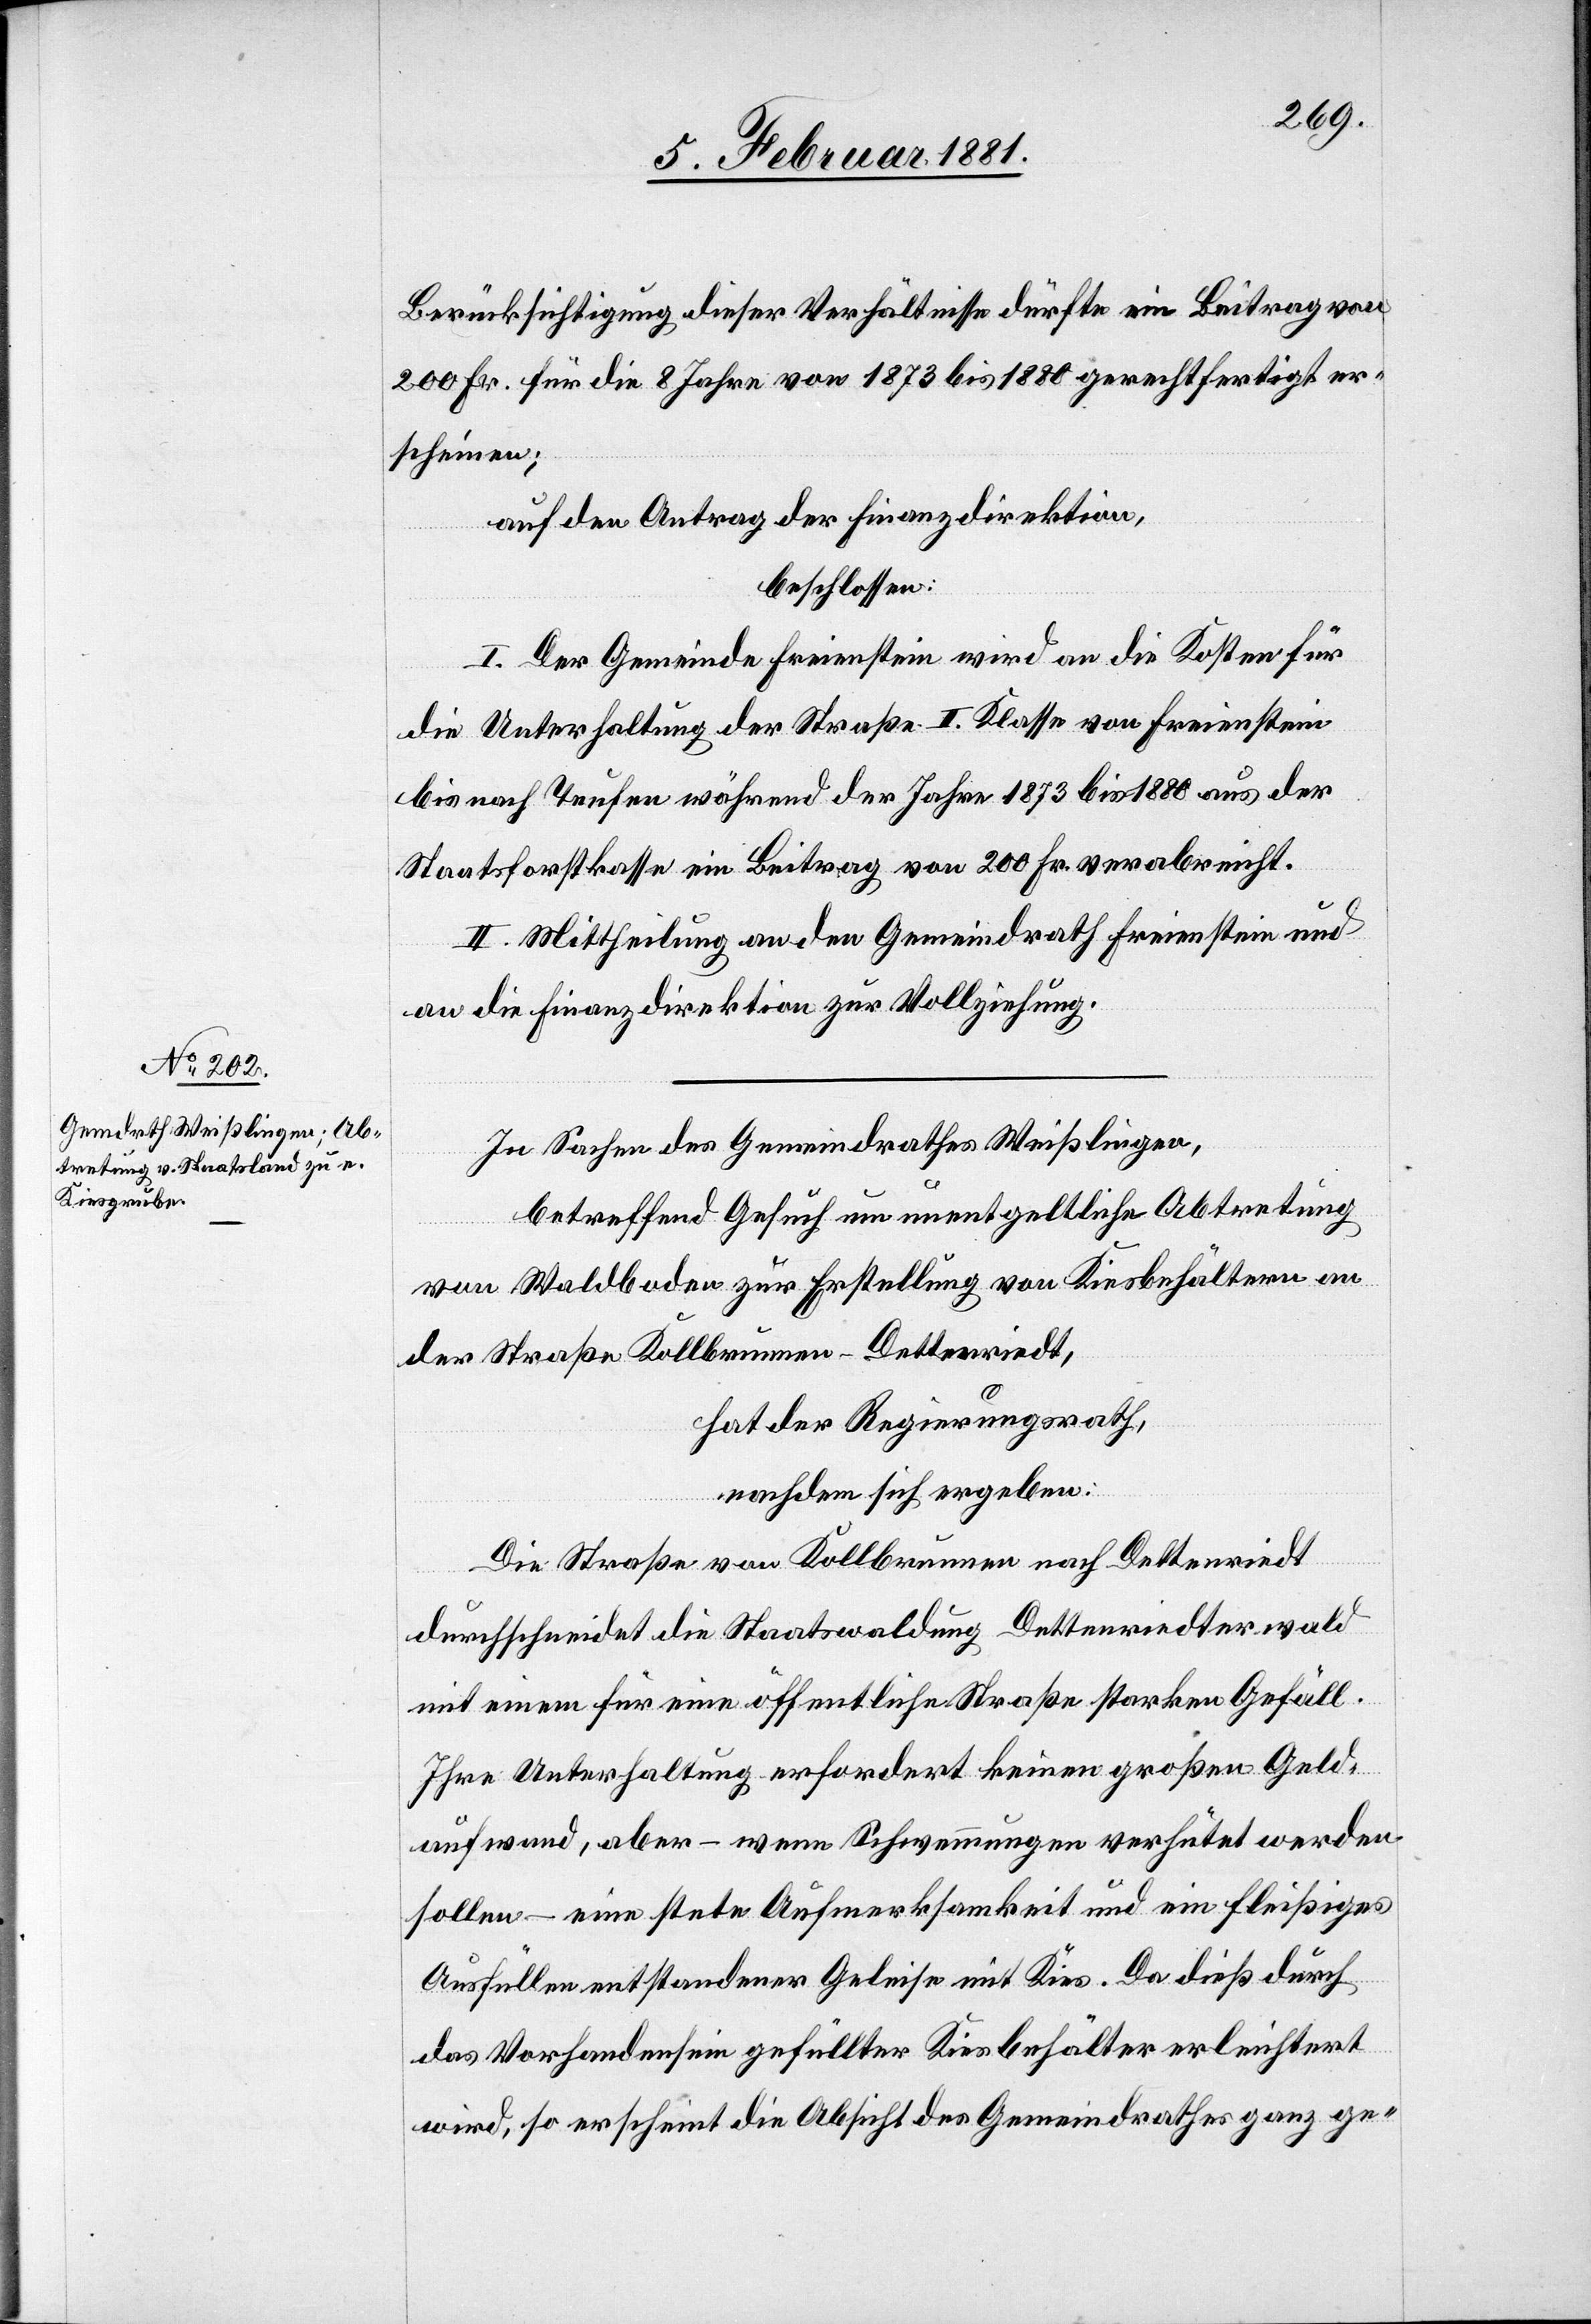
Berücksichtigung dieser Verhältnisse dürfte ein Beitrag von
200 Fr. für die 8 Jahre von 1873 bis 1880 gerechtfertigt er¬
scheinen;
auf den Antrag der Finanzdirektion,
beschlossen:
I. Der Gemeinde Freienstein wird an die Kosten für
die Unterhaltung der Straße II. Klasse von Freienstein
bis nach Teufen während der Jahre 1873 bis 1880 aus der
Staatsforstkasse ein Beitrag von 200 Fr. verabreicht.
II. Mittheilung an den Gemeindrath Freienstein und
an die Finanzdirektion zur Vollziehung.
In Sachen des Gemeindrathes Weißlingen,
betreffend Gesuch um unentgeltliche Abtretung
von Waldboden zur Erstellung von Kiesbehältern an
der Straße Kollbrunnen–Dettenriedt,
hat der Regierungsrath,
nachdem sich ergeben:
Die Straße von Kollbrunnen nach Dettenriedt
durchschneidet die Staatswaldung Dettenriedterwald
mit einem für eine öffentliche Straße starken Gefäll.
Ihre Unterhaltung erfordert keinen großen Geld¬
aufwand, aber – wenn Schwämmungen verhütet werden
sollen – eine stete Aufmerksamkeit und ein fleißiges
Ausfüllen entstandener Geleise mit Kies. Da dieß durch
das Vorhandensein gefüllter Kiesbehälter erleichtert
wird, so erscheint die Absicht des Gemeindrathes ganz ge-